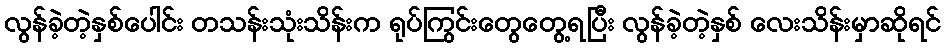
လွန်ခဲ့တဲ့နှစ်ပေါင်း တသန်းသုံးသိန်းက ရုပ်ကြွင်းတွေတွေ့ရပြီး လွန်ခဲ့တဲ့နှစ် လေးသိန်းမှာဆိုရင်